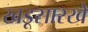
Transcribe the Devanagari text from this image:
खडूसारखे